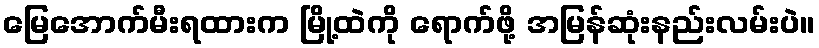
မြေအောက်မီးရထားက မြို့ထဲကို ရောက်ဖို့ အမြန်ဆုံးနည်းလမ်းပဲ။